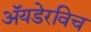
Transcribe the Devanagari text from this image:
अॅयडेरविच